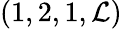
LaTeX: (1,2,1,\mathcal{L})